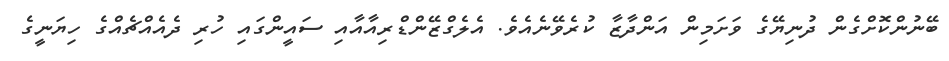
ބޭނުންކޮށްގެން ދުނިޔޭގެ ވަށަމިން އަންދާޒާ ކުރެވޭނެއެވެ. އެލެގްޒޭންޑްރިއާއާއި ސައީންގައި ހުރި ދެއެއްޗެއްގެ ހިޔަނީގެ